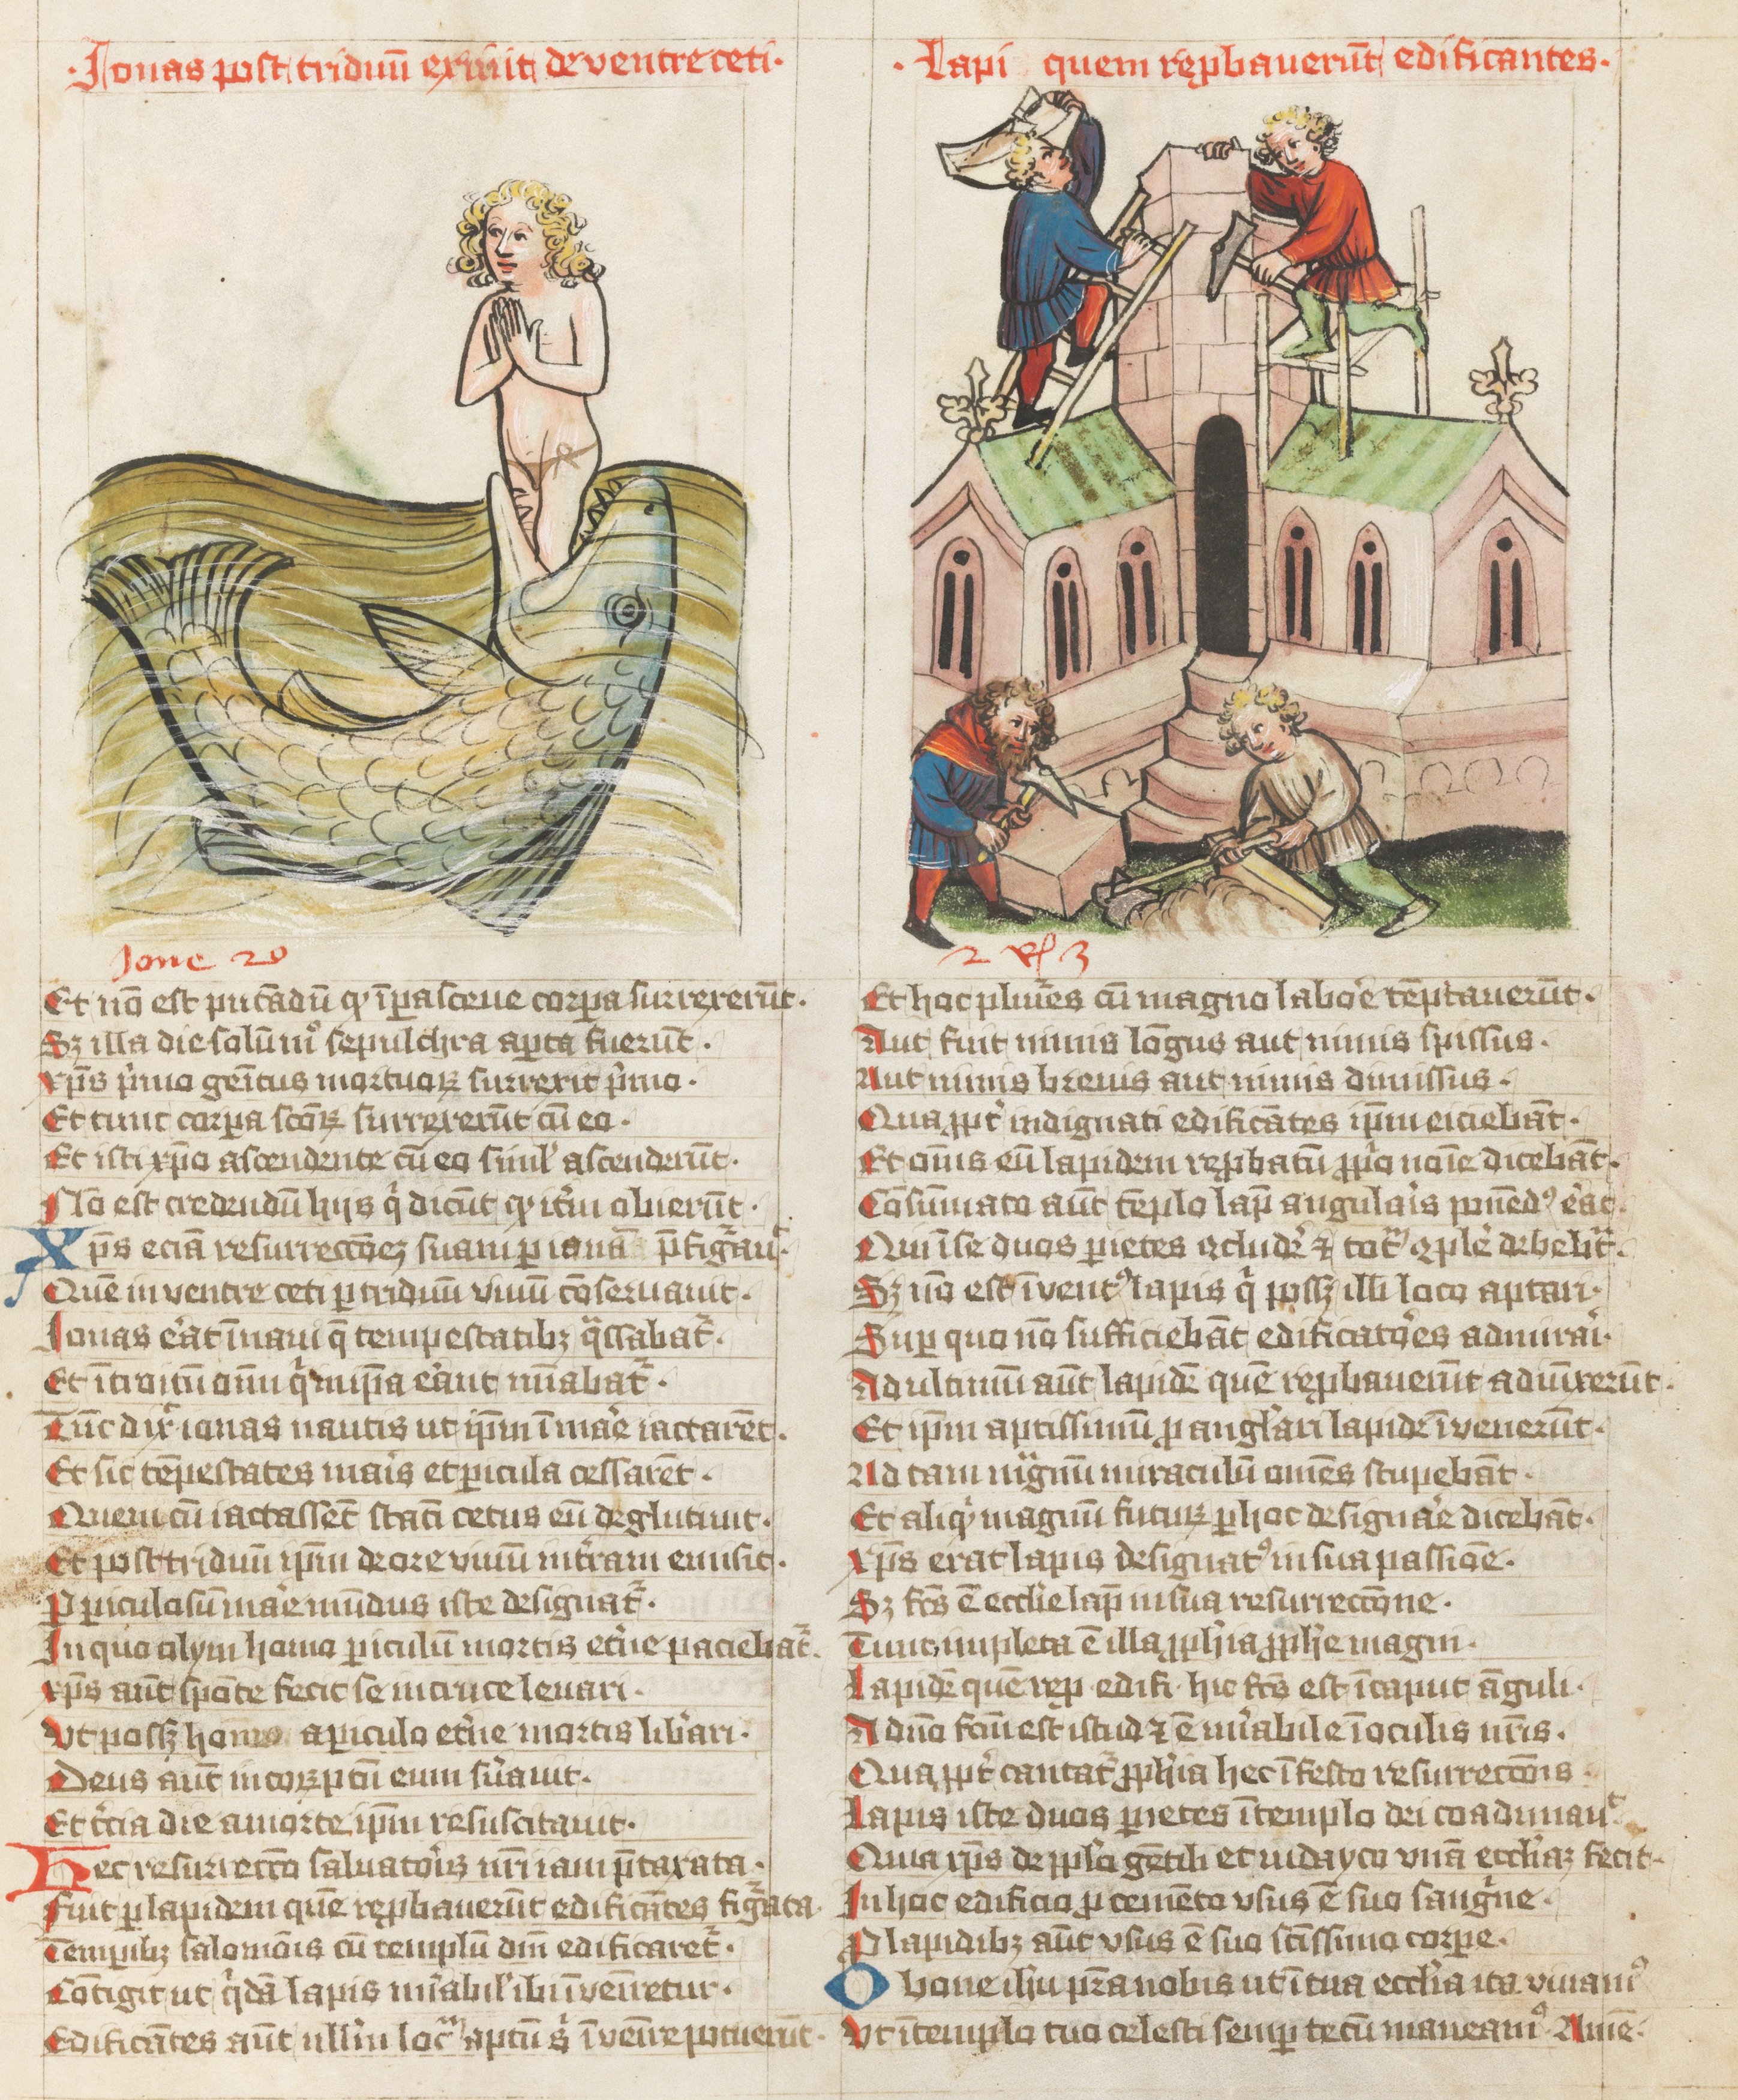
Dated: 1427–1427